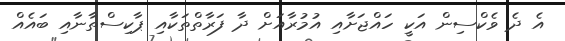
އެ ދެ ވެކްސިން އަކީ ހައްޖަށާއި އުމުރާއަށް ދާ ފަރާތްތަކާއި ޕާކިސްތާނާއި ބައެއް